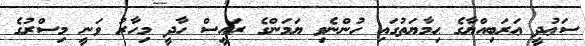
ސަޢުދީ ޢަރަބިއްޔާގެ ޙިމާޔަތުގައި ހުންނެވި ޔަމަންގެ ރައީސް ހާދީ މިހާރު ވަނީ މިސްރުގެ